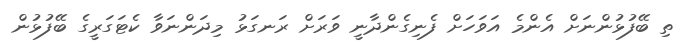
ތި ބޭފުޅުންނަށް އެންމެ އަވަހަށް ފެނިގެންދާނީ ވަރަށް ރަނގަޅު މިދަންނަވާ ކެޓަގަރީގެ ބޭފުޅުން